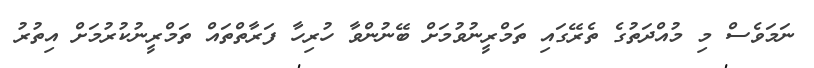
ނަމަވެސް މި މުއްދަތުގެ ތެރޭގައި ތަމްރީނުވުމަށް ބޭނުންވާ ހުރިހާ ފަރާތްތައް ތަމްރީނުކުރުމަށް އިތުރު